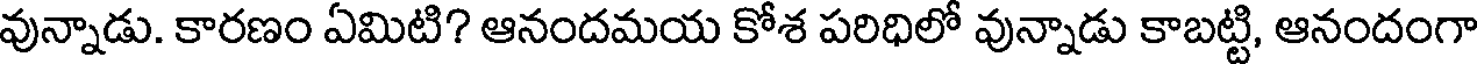
వున్నాడు. కారణం ఏమిటి? ఆనందమయ కోశ పరిధిలో వున్నాడు కాబట్టి, ఆనందంగా